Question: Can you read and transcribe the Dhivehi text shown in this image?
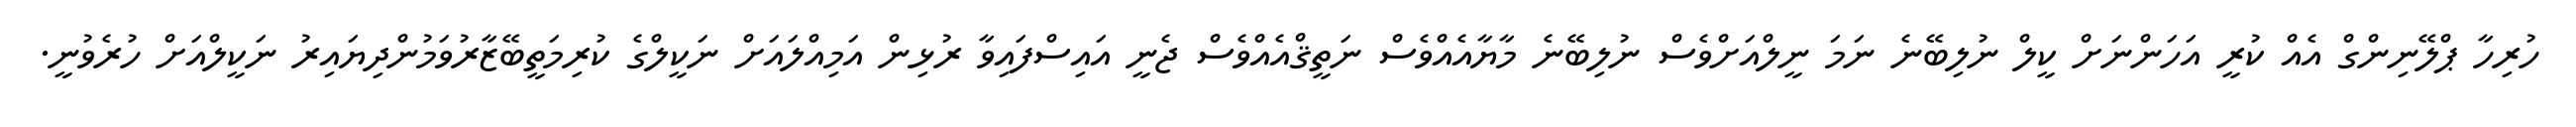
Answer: ހުރިހާ ޕްލޭނިންގް އެއް ކުރީ އަހަންނަށް ކީލް ނުލިބޭނެ ނަމަ ނީލްއަށްވެސް ނުލިބޭނެ މާޔާއެއްވެސް ނަތީޤްއެއްވެސް ޖެނީ އައިސްފައިވާ ރުޅިން އަމިއްލައަށް ނަކީލްގެ ކުރިމަތީބޭޒާރުވަމުންދިޔައިރު ނަކީލްއަށް ހުރެވުނީ.